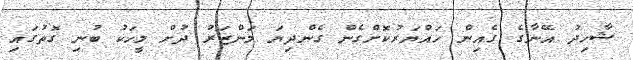
ޝާހިދު އޭނާގެ ގެއިން ހައްޔަރުކޮށްގެން ގެންދިޔަ މަންޒަރު ދުށް މީހަކު ބުނި ގޮތުގައި